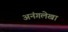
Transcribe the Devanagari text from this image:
अनंगलेखा